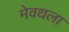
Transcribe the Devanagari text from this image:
मेवथला